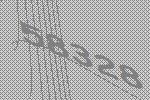
58328